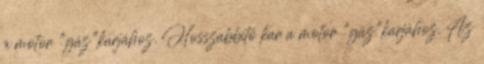
a motor "gáz"karjához. Hosszabbító kar a motor "gáz"karjához. Az